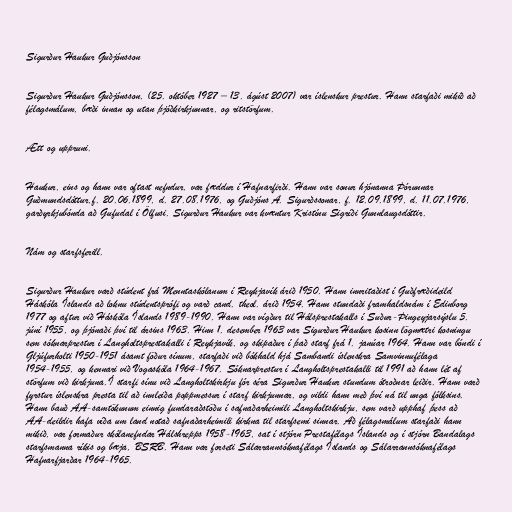
Sigurður Haukur Guðjónsson

Sigurður Haukur Guðjónsson, (25. október 1927 – 13. ágúst 2007) var íslenskur prestur. Hann starfaði mikið að
félagsmálum, bæði innan og utan þjóðkirkjunnar, og ritstörfum.

Ætt og uppruni.

Haukur, eins og hann var oftast nefndur, var fæddur í Hafnarfirði. Hann var sonur hjónanna Þórunnar
Guðmundsdóttur,f. 20.06.1899, d. 27.08.1976, og Guðjóns A. Sigurðssonar, f. 12.09.1899, d. 11.07.1976,
garðyrkjubónda að Gufudal í Ölfusi. Sigurður Haukur var kvæntur Kristínu Sigríði Gunnlaugsdóttir.

Nám og starfsferill.

Sigurður Haukur varð stúdent frá Menntaskólanum í Reykjavík árið 1950. Hann innritaðist í Guðfræðideild
Háskóla Íslands að loknu stúdentsprófi og varð cand. theol. árið 1954. Hann stundaði framhaldsnám í Edinborg
1977 og aftur við Háskóla Íslands 1989-1990. Hann var vígður til Hálsprestakalls í Suður-Þingeyjarsýslu 5.
júní 1955, og þjónaði því til ársins 1963. Hinn 1. desember 1963 var Sigurður Haukur kosinn lögmætri kosningu
sem sóknarprestur í Langholtsprestakalli í Reykjavík, og skipaður í það starf frá 1. janúar 1964. Hann var bóndi í
Gljúfurholti 1950-1951 ásamt föður sínum, starfaði við bókhald hjá Sambandi íslenskra Samvinnufélaga
1954-1955, og kennari við Vogaskóla 1964-1967. Sóknarprestur í Langholtsprestakalli til 1991 að hann lét af
störfum við kirkjuna.Í starfi sínu við Langholtskirkju fór séra Sigurður Haukur stundum ótroðnar leiðir. Hann varð
fyrstur íslenskra presta til að innleiða poppmessur í starf kirkjunnar, og vildi hann með því ná til unga fólksins.
Hann bauð AA-samtökunum einnig fundaraðstöðu í safnaðarheimili Langholtskirkju, sem varð upphaf þess að
AA-deildir hafa víða um land notað safnaðarheimili kirkna til starfsemi sinnar. Að félagsmálum starfaði hann
mikið, var formaður skólanefndar Hálshrepps 1958-1963, sat í stjórn Prestafélags Íslands og í stjórn Bandalags
starfsmanna ríkis og bæja, BSRB. Hann var forseti Sálarrannsóknafélags Íslands og Sálarrannsóknafélags
Hafnarfjarðar 1964-1965.